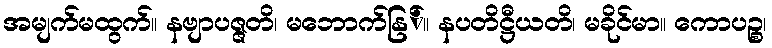
အမျက်မထွက်။ နဗျာပဇ္ဇတိ၊ မဘောက်နြ်။ နပတိဋ္ဌီယတိ၊ မခိုင်မာ။ ကောပဉ္စ၊